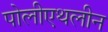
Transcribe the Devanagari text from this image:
पोलीएथलीन